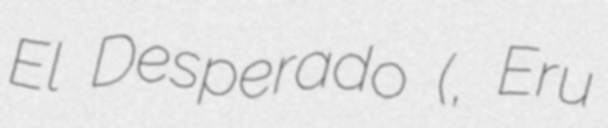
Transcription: El Desperado (エル・デスペラード, Eru